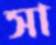
সা